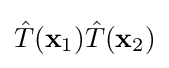
{\hat {T}}(\mathbf {x} _{1}){\hat {T}}(\mathbf {x} _{2})